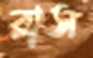
রাস